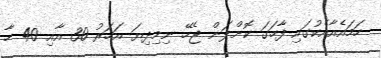
ހަމައެއާއެކުގައި ފާހަގަ ކޮށްލަން ޖެހޭ ނިމިދިޔަ އަހަރު 30 އާއި 40 ހާ